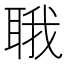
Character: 𬚚